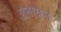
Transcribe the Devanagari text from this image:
ॲनायन